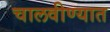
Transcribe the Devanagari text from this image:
चालवीण्यात